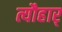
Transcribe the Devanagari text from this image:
त्यौहार्